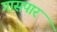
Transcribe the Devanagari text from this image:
गासपार